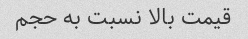
قیمت بالا نسبت به حجم